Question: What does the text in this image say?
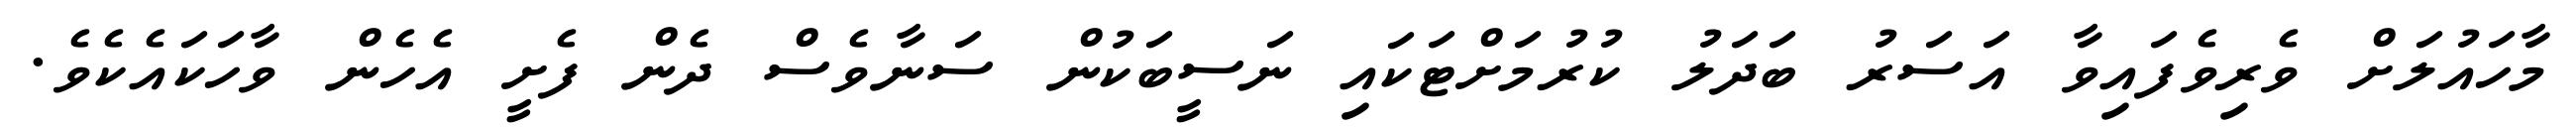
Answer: މާހައުލަށް ވެރިވެފައިވާ އަސަރު ބަދަލު ކުރުމަށްޓަކައި ނަސީބަކުން ސަނާވެސް ދެން ފެށީ އެހެން ވާހަކައެކެވެ.